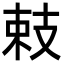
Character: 㩽